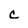
Character: c